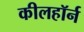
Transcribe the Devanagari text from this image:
कीलहॉर्न